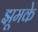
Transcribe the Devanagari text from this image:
झूमके